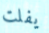
يفلت